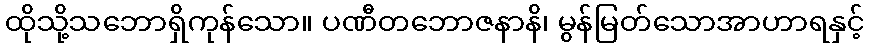
ထိုသို့သဘောရှိကုန်သော။ ပဏီတဘောဇနာနိ၊ မွန်မြတ်သောအာဟာရနှင့်